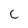
Character: C